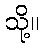
သို့။